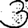
Digit: 3